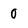
Character: 0